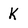
Character: k